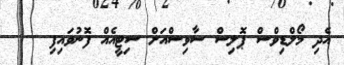
އެދި މޯލްޑިވްސް ޕޮލިސް ސާވިސްއަށް ސިޓީއެއް ފޮނުވައިފި